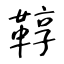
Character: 鞟